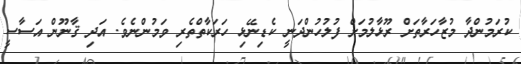
ކުރަމުންދާ މުޒާހަރާތަށް ރޫޅާލުމަށް ފުލުހުންދަނީ ކެޑިނޭޅި ހަރަކާތްތެރި ވަމުންނެވެ. އަދި ޤާނޫން އަސާސީ